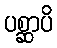
ပစ္ဆာပိ